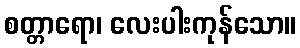
စတ္တာရော၊ လေးပါးကုန်သော။